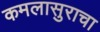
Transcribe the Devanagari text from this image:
कमलासुराचा